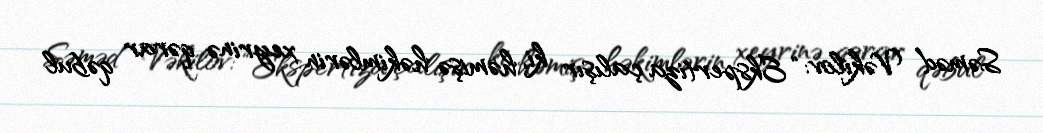
Səməd Vəkilov: “Ekspertiza çalışır ki, həmişə həkimlərin xeyrinə qərar qəbul